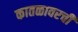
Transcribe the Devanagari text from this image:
कातळावरची